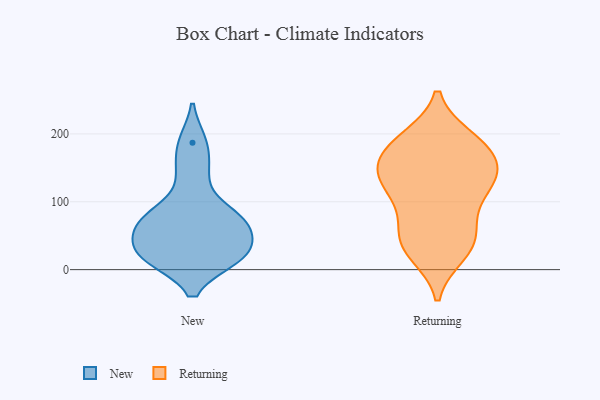
{"axis": {"x": "Revenue (USD Million)", "y": "Value"}, "legend": ["New", "Returning"], "data": [{"x": "", "y": 70, "type": "New"}, {"x": "", "y": 59, "type": "New"}, {"x": "", "y": 31, "type": "New"}, {"x": "", "y": 19, "type": "New"}, {"x": "", "y": 143, "type": "New"}, {"x": "", "y": 78, "type": "New"}, {"x": "", "y": 18, "type": "New"}, {"x": "", "y": 187, "type": "New"}, {"x": "", "y": 78, "type": "New"}, {"x": "", "y": 20, "type": "New"}, {"x": "", "y": 116, "type": "Returning"}, {"x": "", "y": 192, "type": "Returning"}, {"x": "", "y": 118, "type": "Returning"}, {"x": "", "y": 162, "type": "Returning"}, {"x": "", "y": 66, "type": "Returning"}, {"x": "", "y": 32, "type": "Returning"}, {"x": "", "y": 186, "type": "Returning"}, {"x": "", "y": 73, "type": "Returning"}, {"x": "", "y": 115, "type": "Returning"}, {"x": "", "y": 193, "type": "Returning"}, {"x": "", "y": 38, "type": "Returning"}, {"x": "", "y": 146, "type": "Returning"}, {"x": "", "y": 24, "type": "Returning"}, {"x": "", "y": 134, "type": "Returning"}, {"x": "", "y": 39, "type": "Returning"}, {"x": "", "y": 147, "type": "Returning"}, {"x": "", "y": 150, "type": "Returning"}, {"x": "", "y": 179, "type": "Returning"}]}